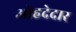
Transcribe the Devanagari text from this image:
ओहदेदार